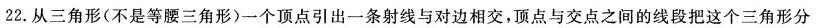
22.从三角形(不是等腰三角形)一个顶点引出一条射线与对边相交，顶点与交点之间的线段把这个三角形分